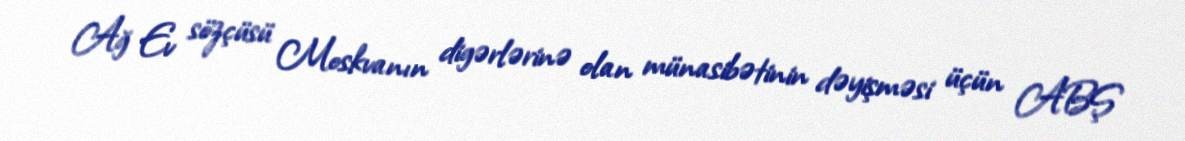
Ağ Ev sözçüsü Moskvanın digərlərinə olan münasibətinin dəyişməsi üçün ABŞ